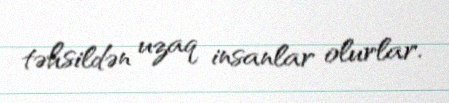
təhsildən uzaq insanlar olurlar.